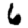
Digit: 6